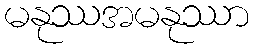
မနုဿအမနုဿာ